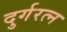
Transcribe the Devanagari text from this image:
दुर्गरत्‍न